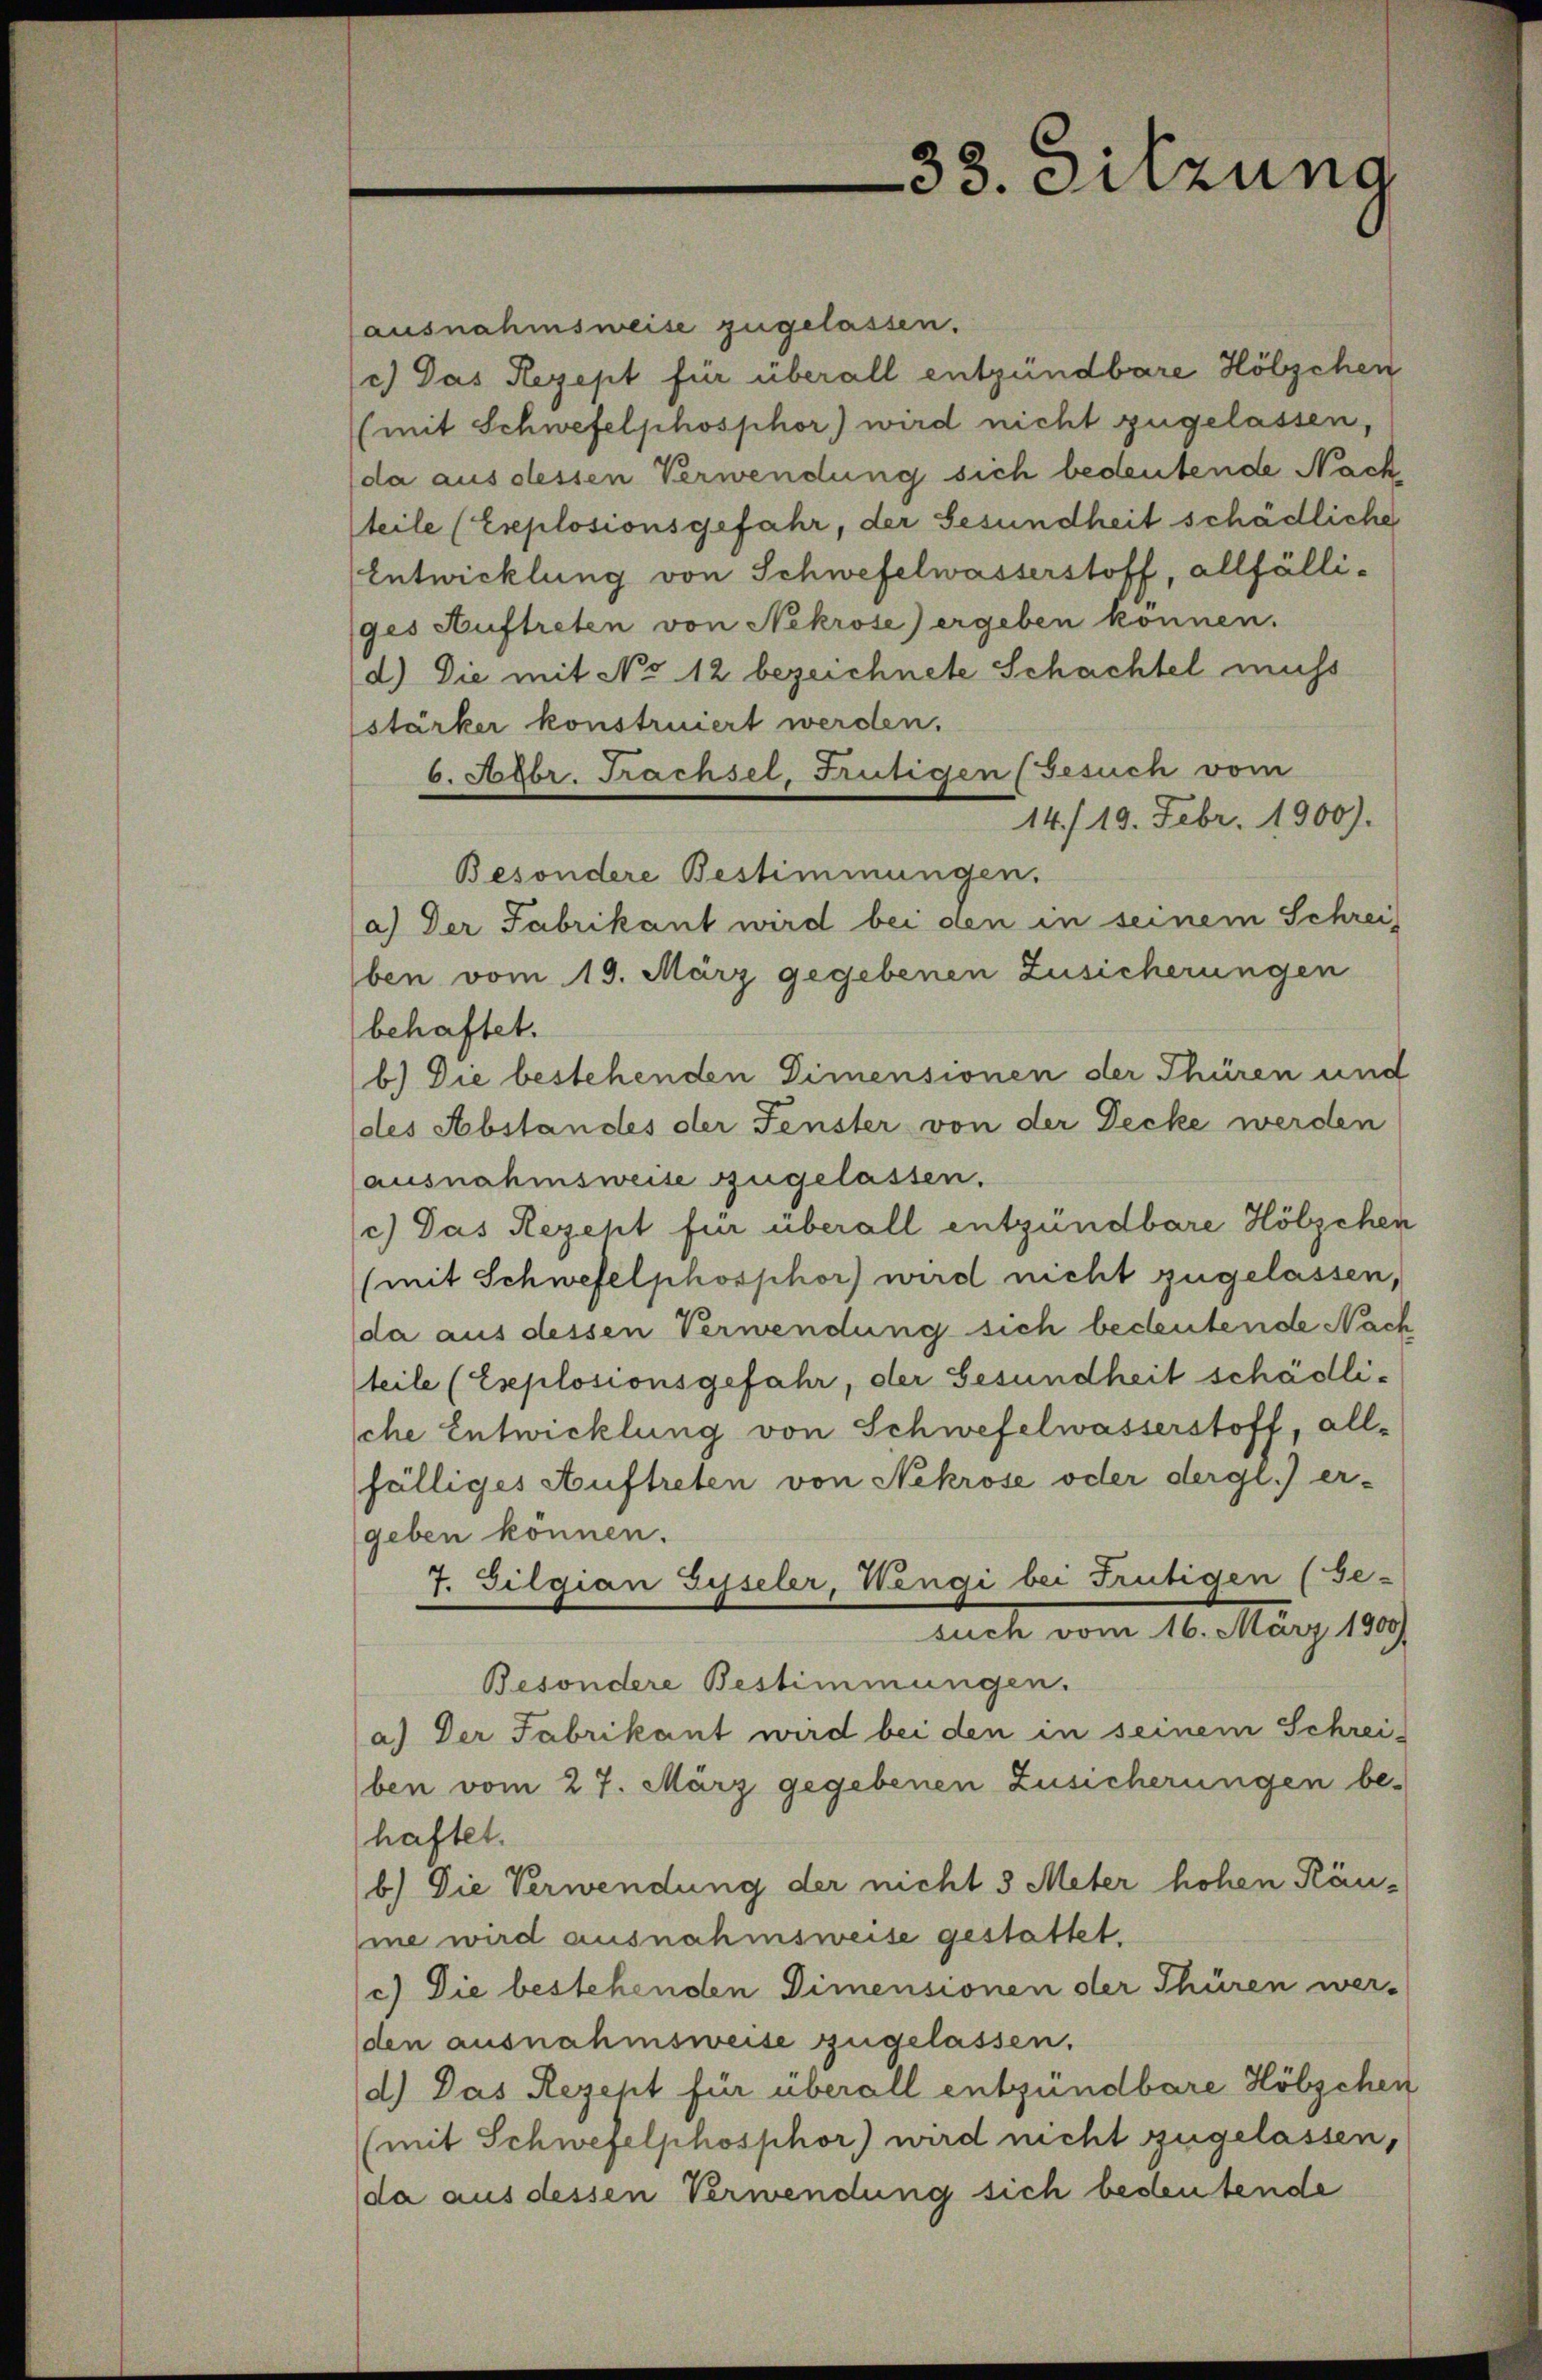
ausnahmsweise zugelassen.
c.) Das Rezept für überall entzündbare Hölzchen
(mit Schwefelphosphor) wird nicht zugelassen,
(da aus dessen Verwendung sich bedeutende Nachteile (Explosionsgefahr, der Gesundheit schädliche
Entwicklung von Schwefelwasserstoff, allfälliges Auftreten von Nekrose) ergeben können.
d.) Die mit No 12 bezeichnete Schachtel muss
stärker konstruiert werden.
6. Hebr. Trachsel, Frutigen (Gesuch vom
14./19. Febr. 1900).
Besondere Bestimmungen.
a) Der Fabrikant wird bei den in seinem Schrei
ben vom 19. März gegebenen Zusicherungen
behaftet.
b.) Die bestehenden Dimensionen der Thüren und
des Abstandes der Fenster von der Decke werden
ausnahmsweise zugelassen.
c.) Das Rezeht für überall entzündbare Hölzchen
(mit Schwefelphosphor) wird nicht zugelassen,
da aus dessen Verwendung sich bedeutende Nach
teile (Eseplosionsgefahr, der Gesundheit schädlische Entwicklung von Schwefelwasserstoff, allfälliges Auftreten von Nekrose oder dergl.) er-
geben können.
7. Gilgian Gyseler, Wengi bei Frutigen (Ge-
such vom 16. März 1900
Besondere Bestimmungen.
a) Der Fabrikant wird bei den in seinem Schrei-
ben vom 27. März gegebenen Zusicherungen be-
haftet.
b.) Die Verwendung der nicht 3 Meter hohen Räume wird ausnahmsweise gestattet.
c) Die bestehenden Dimensionen der Thüren wer-
den ausnahmsweise zugelassen.
d.) Das Rezeht für überall entzündbare Hölzchen
(mit Schwefelphosphor) wird nicht zugelassen,
(da aus dessen Verwendung sich bedeutende

33. Sitzung